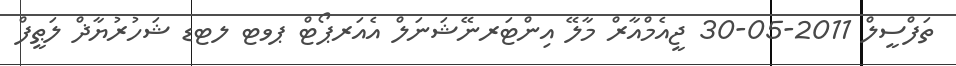
ތަފްސީލް 2011-05-30 ޖީއެމްއާރް މާލޭ އިންޓަރނޭޝަނަލް އެއަރޕޯޓް ޕވޓ ލޓޑ ޝަހުރުޔާޛް ލަޠީފް